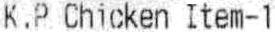
K.P CHICKEN ITEM-1